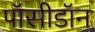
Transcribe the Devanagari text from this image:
पॉसीडॉन